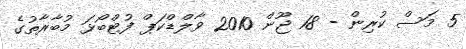
5 މަސް ކުރިން - 18 ޖޫން 2010 ވާލްޑްކަޕް ފުޓްބޯޅަ މުބާރާތުގެ